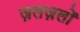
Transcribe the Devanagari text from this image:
ज़लज़लों